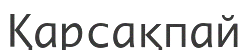
Қарсақпай